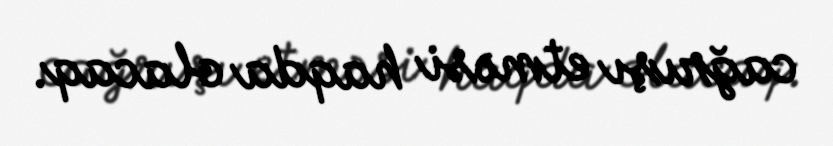
cağrışı etməsi haqda olacaq.